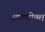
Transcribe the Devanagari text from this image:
आगमोक्त